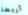
أربطة